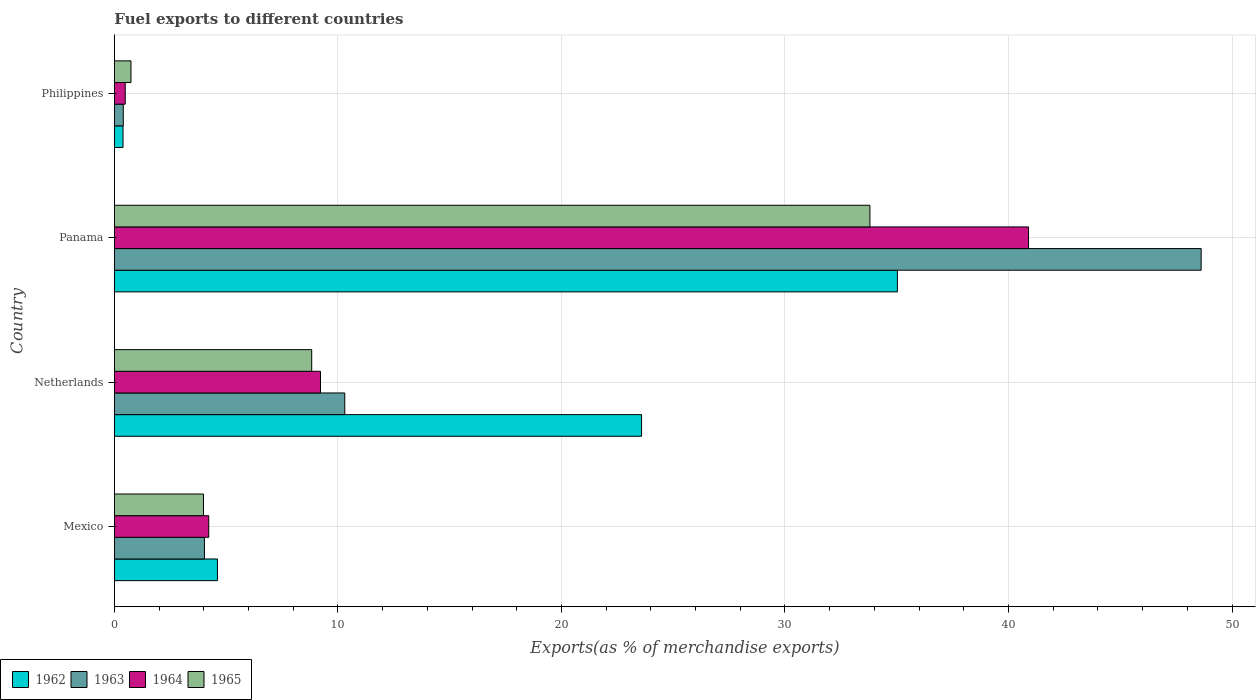
| Country | 1962 | 1963 | 1964 | 1965 |
 | --- | --- | --- | --- | --- |
 | Mexico | 4.61 | 4.03 | 4.22 | 3.99 |
 | Netherlands | 23.6 | 10.3 | 9.22 | 8.83 |
 | Panama | 35 | 48.6 | 40.9 | 33.8 |
 | Philippines | 0.385 | 0.396 | 0.483 | 0.74 |